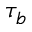
\tau _ { b }